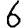
Digit: 6